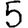
Digit: 5